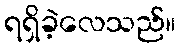
ရရှိခဲ့လေသည်။